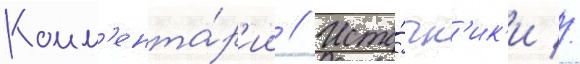
Комм'ента́р'ии // Исто́чн'ик'и //